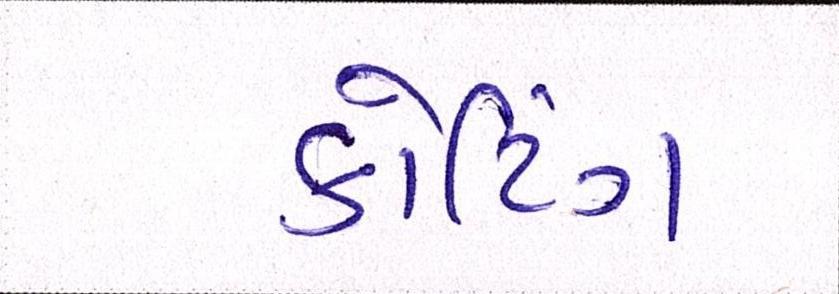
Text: કોટિંગ